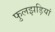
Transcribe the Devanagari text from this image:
फुलझड़ियां